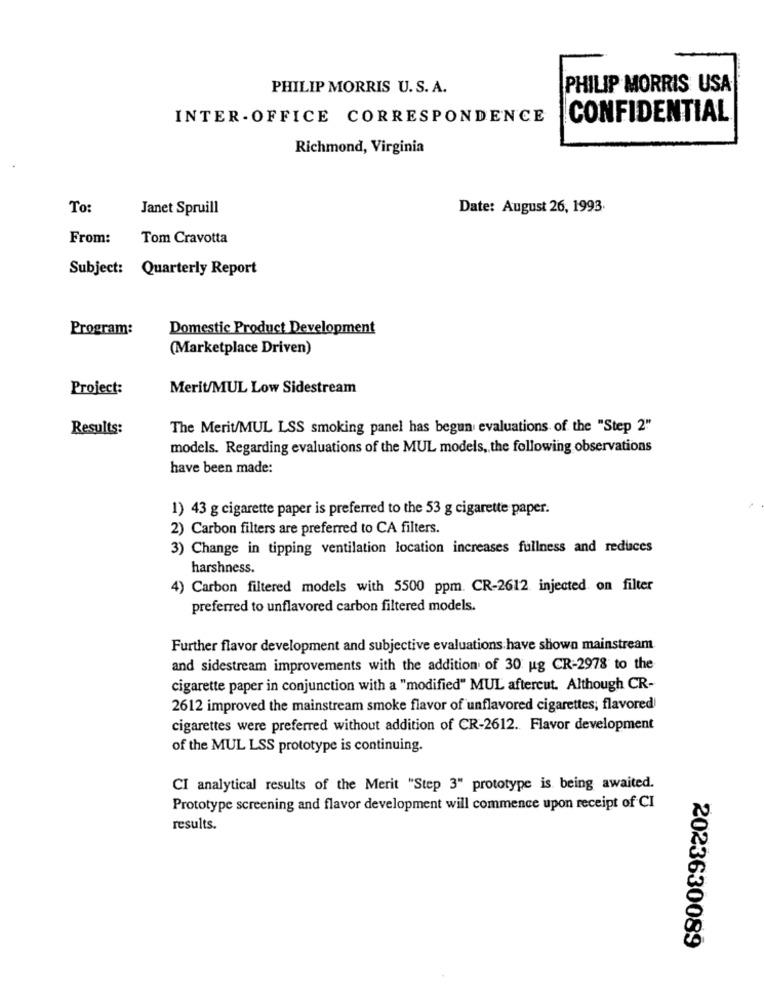
PHILIP MORRIS U. S. A.
PHILIP MORRIS USA
INTER - OFFICE CORRESPONDENCE
CONFIDENTIAL
Richmond, Virginia
To:
Janet Spruill
Date: August 26, 1993
From:
Tom Cravotta
Subject: Quarterly Report
Program:
Domestic Product Development
(Marketplace Driven)
Project:
Merit/MUL Low Sidestream
Results:
The Merit/MUL LSS smoking panel has begun evaluations of the "Step 2"
models. Regarding evaluations of the MUL models, the following observations
have been made:
1) 43 g cigarette paper is preferred to the 53 g cigarette paper.
2) Carbon filters are preferred to CA filters.
3) Change in tipping ventilation location increases fullness and reduces
harshness.
4) Carbon filtered models with 5500 ppm. CR-2612 injected on filter
preferred to unflavored carbon filtered models.
Further flavor development and subjective evaluations have shown mainstream
and sidestream improvements with the addition of 30 ug CR-2978 to the
cigarette paper in conjunction with a "modified" MUL aftercut. Although CR-
2612 improved the mainstream smoke flavor of unflavored cigarettes; flavored
cigarettes were preferred without addition of CR-2612. Flavor development
of the MUL LSS prototype is continuing.
CI analytical results of the Merit "Step 3" prototype is being awaited.
Prototype screening and flavor development will commence upon receipt of CI
results.
2023630089